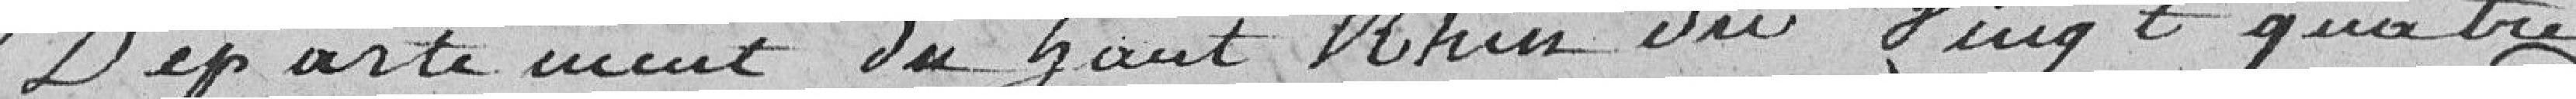
Département du Haut Rhin du vingt quatre